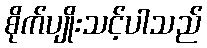
စိုက်ပျိုးသင့်ပါသည်